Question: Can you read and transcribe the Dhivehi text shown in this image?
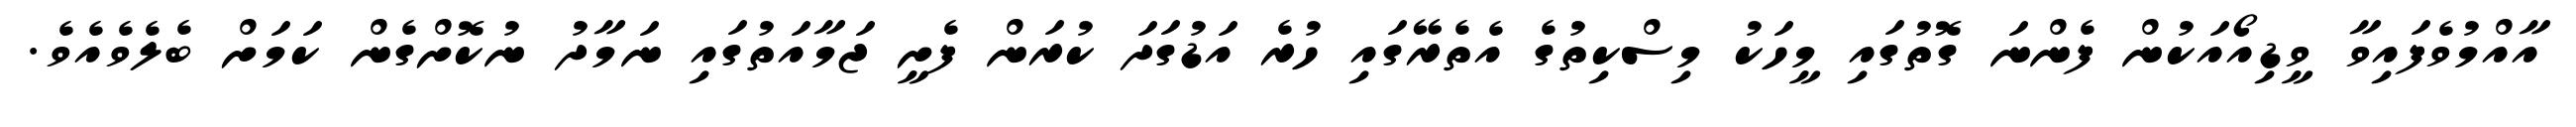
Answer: އާއްމުވެފައިވާ ވީޑިއޯއަކުން ފެންނަ ގޮތުގައި މީހަކު މިސްކިތުގެ އެތެރޭގައި ހުރެ އަޑުގަދަ ކުރަން ފެށީ ޖަމާއަތުގައި ނަމާދު ނުކޮށްގެން ކަމަށް ބެލެވެއެވެ.